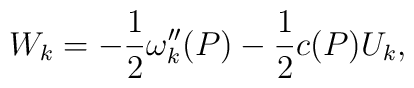
W_k=-{1\over 2}\omega''_k(P)-{1\over 2}c(P)U_k,